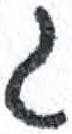
אות: ג